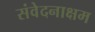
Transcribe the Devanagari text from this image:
संवेदनाक्षम